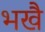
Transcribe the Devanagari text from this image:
भखै